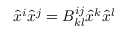
\hat { x } ^ { i } \hat { x } ^ { j } = B _ { k l } ^ { i j } \hat { x } ^ { k } \hat { x } ^ { l } \nonumber